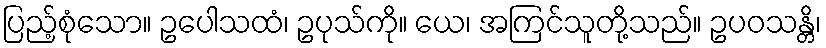
ပြည့်စုံသော။ ဥပေါသထံ၊ ဥပုသ်ကို။ ယေ၊ အကြင်သူတို့သည်။ ဥပဝသန္တိ၊